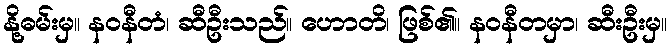
နို့ဓမ်းမှ။ နဝနီတံ၊ ဆီဦးသည်။ ဟောတိ၊ ဖြစ်၏။ နဝနီတမှာ၊ ဆီးဦးမှ။